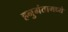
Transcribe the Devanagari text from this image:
हनुमंतामध्ये